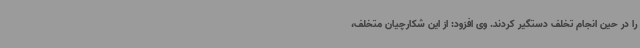
را در حین انجام تخلف دستگیر کردند. وی افزود: از این شکارچیان متخلف،